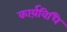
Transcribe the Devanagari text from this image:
कार्य़विधि